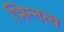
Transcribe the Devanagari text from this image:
भिन्‍नत्व